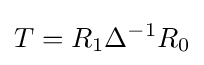
T=R_{1}\Delta ^{-1}R_{0}